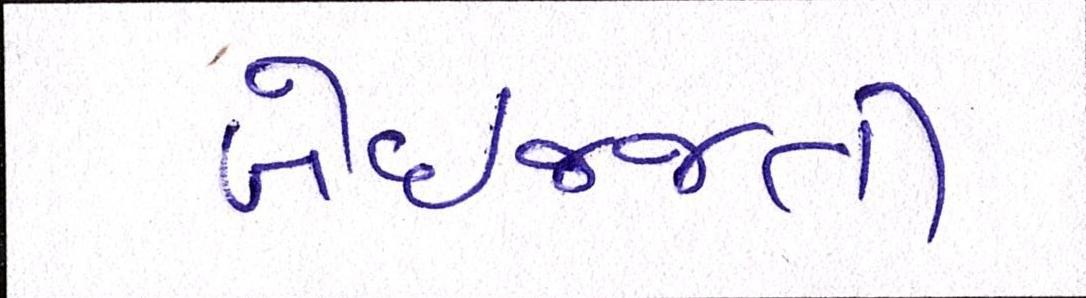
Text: બેઇજ્જતી